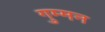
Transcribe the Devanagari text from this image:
गुम्मन